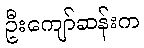
ဦးကျော်ဆန်းက